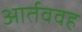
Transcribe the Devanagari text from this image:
आर्तववह